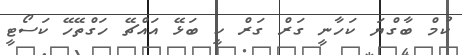
ކުމް ބާގްޔަ ކަހާނީ ގަރް ގަރް ކީ ބަޅޭ އައްޗޭ ހަގްތޭހޭ ކަސޯޓީ